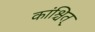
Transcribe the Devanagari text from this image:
कांश्चित्